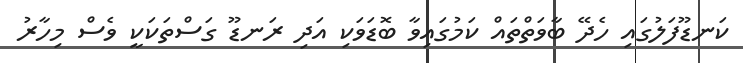
ކަނޑޫފަލުގައި ހެދޭ ބާވަތްތައް ކަމުގައިވާ ބޮޑަވަކި އަދި ރަނޑޫ ގަސްތަކަކީ ވެސް މިހާރު